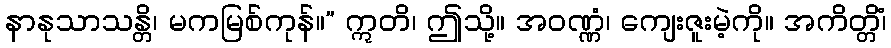
နာနုသာသန္တိ၊ မကမြစ်ကုန်။” ဣတိ၊ ဤသို့။ အဝဏ္ဏံ၊ ကျေးဇူးမဲ့ကို။ အကိတ္တိံ၊